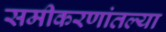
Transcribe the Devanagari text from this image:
समीकरणांतल्या